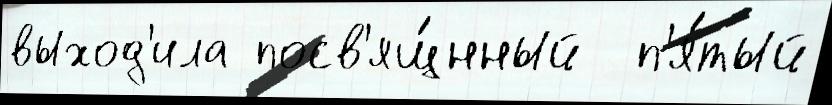
выход'ила посв'ящ́нный  п'я́тый